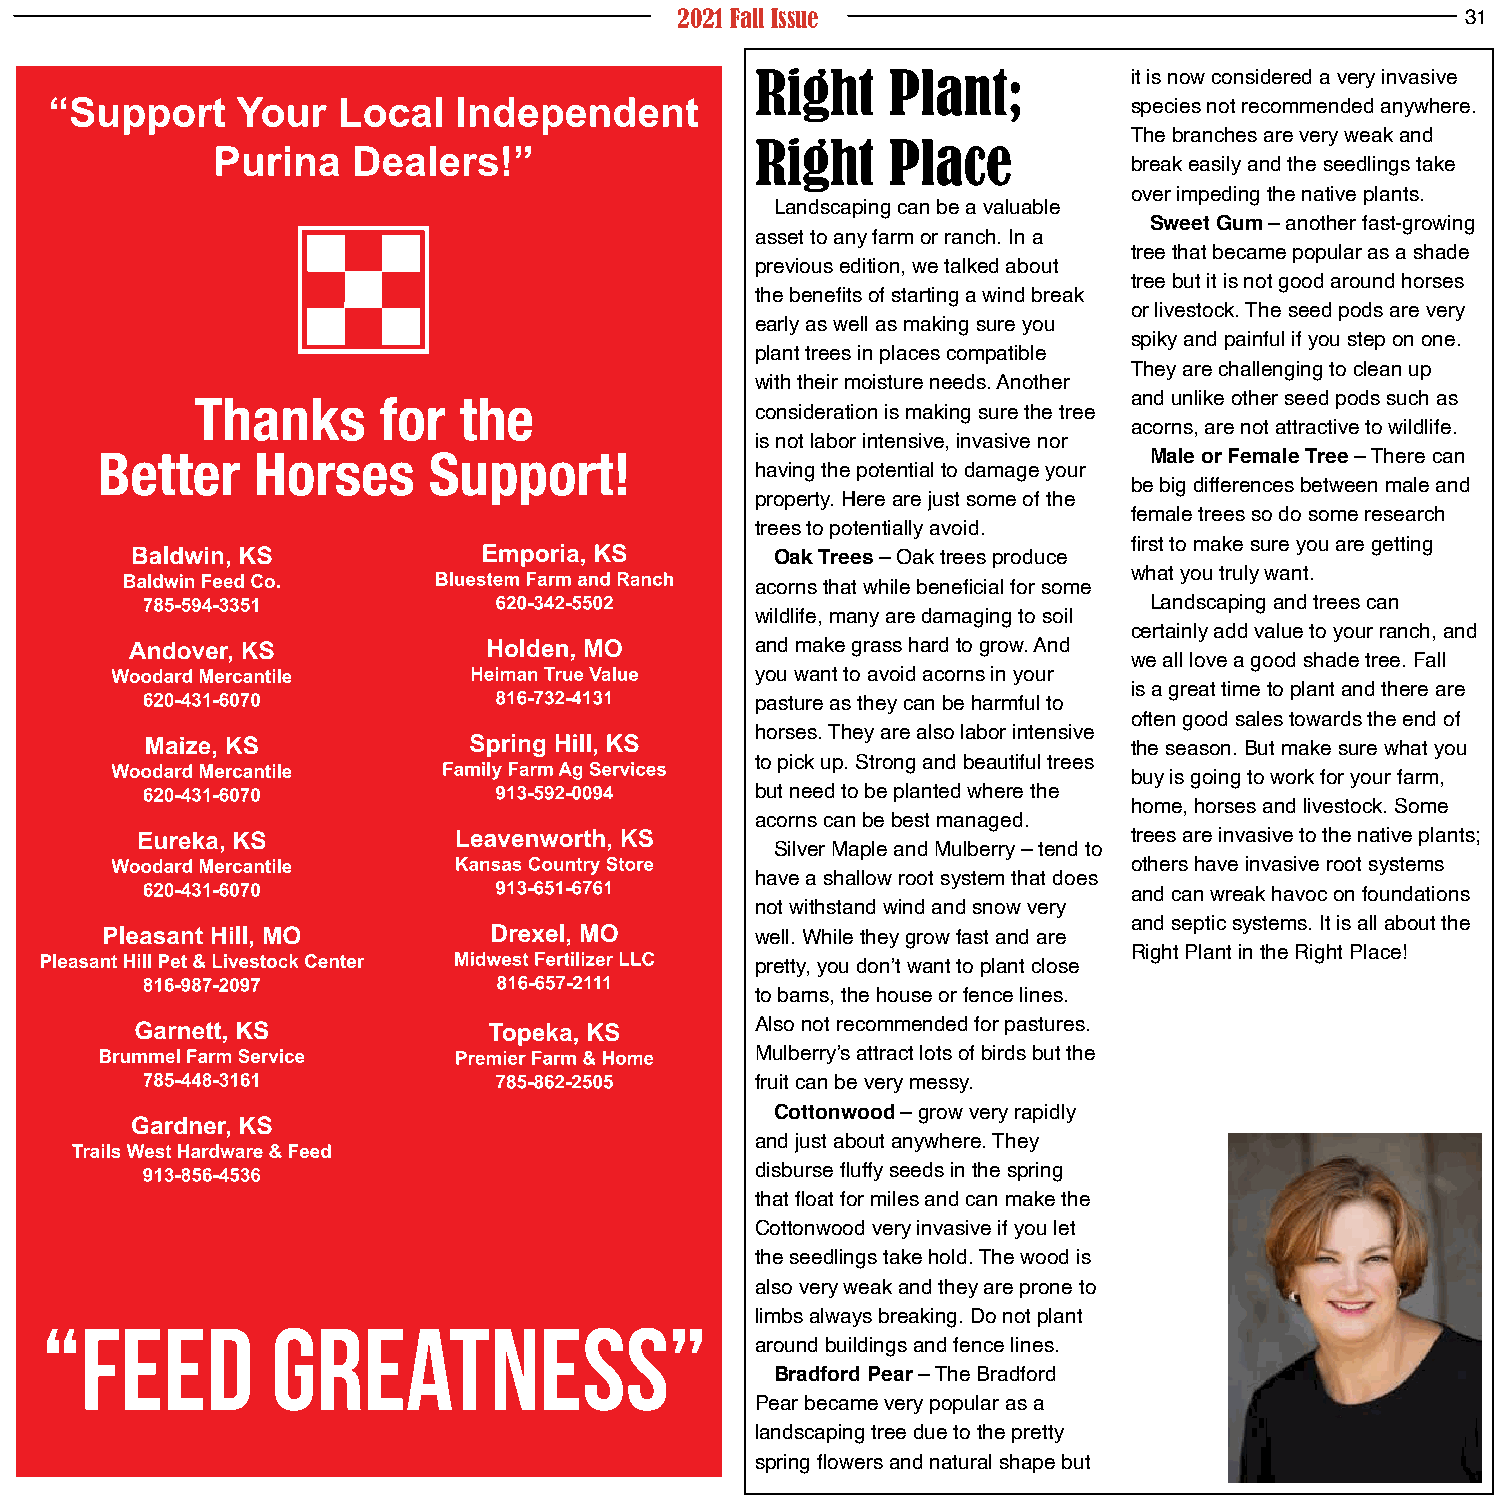
2021 Fall Issue                                     31
 Right    Plant;          it is now considered a very invasive
 species not recommended anywhere.
 The branches are very weak and
 Right    Place
 break easily and the seedlings take
 over impeding the native plants.
 Landscaping can be a valuable
 Sweet Gum – another fast-growing
 asset to any farm or ranch. In a
 tree that became popular as a shade
 previous edition, we talked about
 tree but it is not good around horses
 the benefits of starting a wind break
 or livestock. The seed pods are very
 early as well as making sure you
 spiky and painful if you step on one.
 plant trees in places compatible
 They are challenging to clean up
 with their moisture needs. Another
 and unlike other seed pods such as
 consideration is making sure the tree
 acorns, are not attractive to wildlife.
 is not labor intensive, invasive nor
 Male or Female Tree – There can
 having the potential to damage your
 be big differences between male and
 property. Here are just some of the
 female trees so do some research
 trees to potentially avoid.
 first to make sure you are getting
 Oak Trees – Oak trees produce
 what you truly want.
 acorns that while beneficial for some
 Landscaping and trees can
 wildlife, many are damaging to soil
 certainly add value to your ranch, and
 and make grass hard to grow. And
 we all love a good shade tree. Fall
 you want to avoid acorns in your
 is a great time to plant and there are
 pasture as they can be harmful to
 often good sales towards the end of
 horses. They are also labor intensive
 the season. But make sure what you
 to pick up. Strong and beautiful trees
 buy is going to work for your farm,
 but need to be planted where the
 home, horses and livestock. Some
 acorns can be best managed.
 trees are invasive to the native plants;
 Silver Maple and Mulberry – tend to
 others have invasive root systems
 have a shallow root system that does
 and can wreak havoc on foundations
 not withstand wind and snow very
 and septic systems. It is all about the
 well. While they grow fast and are
 Right Plant in the Right Place!
 pretty, you don’t want to plant close
 to barns, the house or fence lines.
 Also not recommended for pastures.
 Mulberry’s attract lots of birds but the
 fruit can be very messy.
 Cottonwood – grow very rapidly
 and just about anywhere. They
 disburse fluffy seeds in the spring
 that float for miles and can make the
 Cottonwood very invasive if you let
 the seedlings take hold. The wood is
 also very weak and they are prone to
 limbs always breaking. Do not plant
 around buildings and fence lines.
 Bradford Pear – The Bradford
 Pear became very popular as a
 landscaping tree due to the pretty
 spring flowers and natural shape but